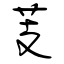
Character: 芰